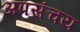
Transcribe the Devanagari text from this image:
अपसंचय